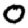
Digit: 0